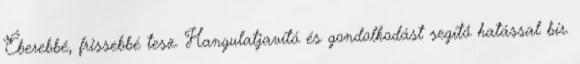
Éberebbé, frissebbé tesz. Hangulatjavító és gondolkodást segítő hatással bír.